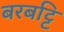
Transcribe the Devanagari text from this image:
बरबट्टि